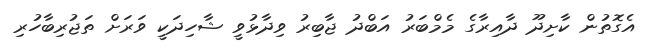
އެގޮތުން ކާށިދޫ ދާއިރާގެ މެމްބަރު އަބްދު ޖާބިރު ވިދާޅުވީ ޝާހިދަކީ ވަރަށް ތަޖުރިބާހުރި